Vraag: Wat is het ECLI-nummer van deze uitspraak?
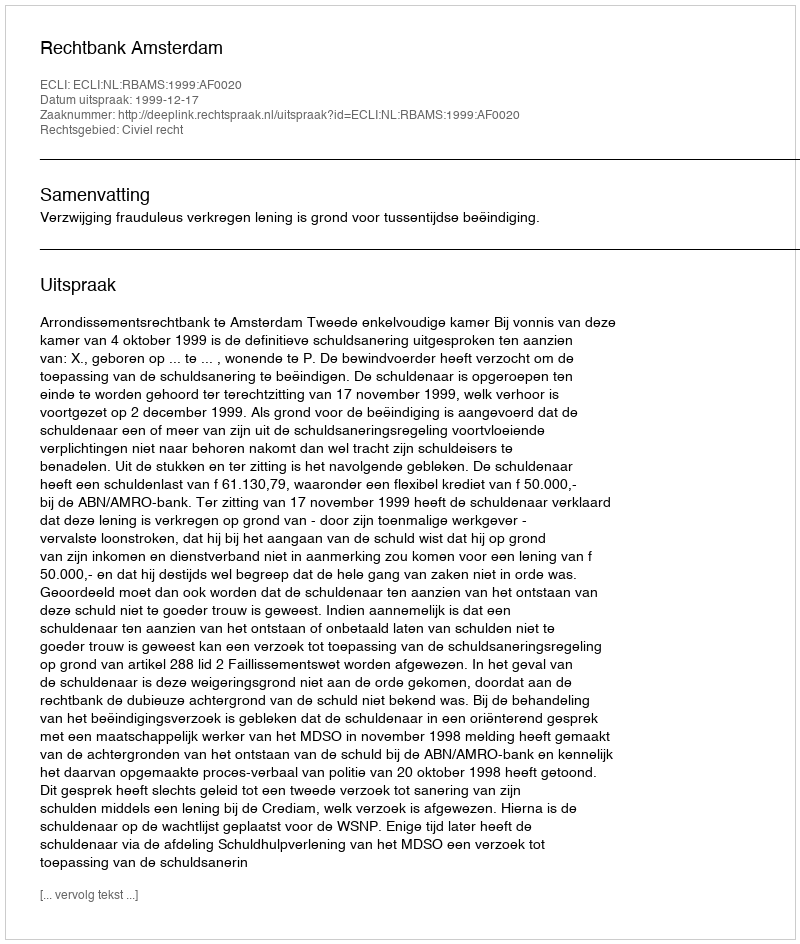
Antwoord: ECLI:NL:RBAMS:1999:AF0020